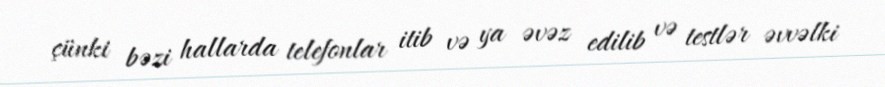
çünki bəzi hallarda telefonlar itib və ya əvəz edilib və testlər əvvəlki